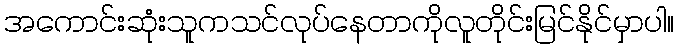
အကောင်းဆုံးသူကသင်လုပ်နေတာကိုလူတိုင်းမြင်နိုင်မှာပါ။